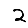
Digit: 2